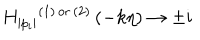
{ H _ { | p _ { i } | } } ^ { ( 1 ) \, { \mathrm { o r } } \, ( 2 ) } \left( - k \eta \right) \to \pm i